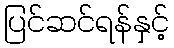
ပြင်ဆင်ရန်နှင့်